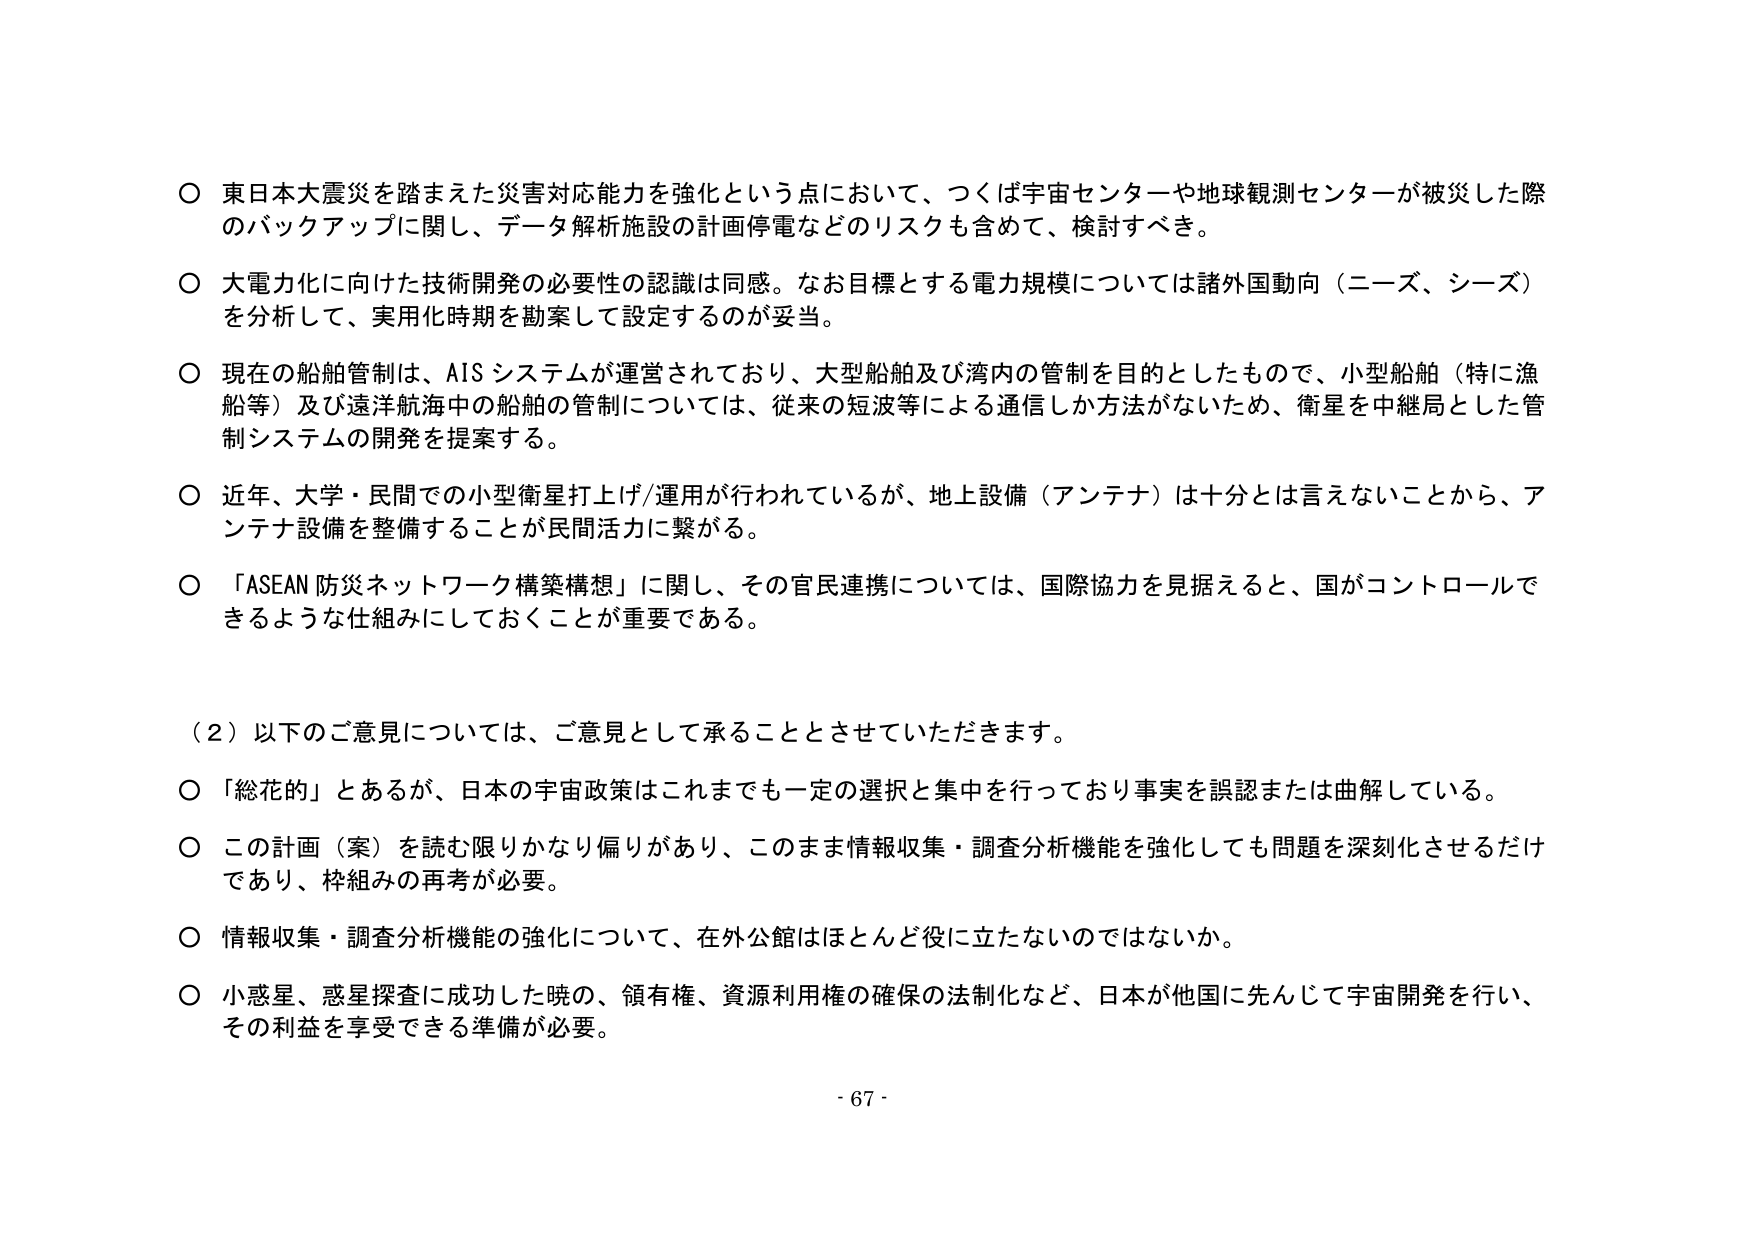
○ 東日本大震災を踏まえた災害対応能力を強化という点において、つくば宇宙センターや地球観測センターが被災した際のバックアップに関して、データ解析施設の計画停電などのリスクも含めて、検討すべき。

○ 大電力化に向けた技術開発の必要性の認識は同感。なお目標とする電力規模については諸外国動向（ニーズ、シーズ）を分析して、実用化時期を勘案して設定するのが妥当。

○ 現在の船舶管制は、AIS システムが運営されており、大型船舶及び湾内の管制を目的としたもので、小型船舶（特に漁船等）及び遠洋航海中の船舶の管制については、従来の短波等による通信しか方法がないため、衛星を中継局とした管制システムの開発を提案する。

○ 近年、大学・民間での小型衛星打上げ/運用が行われているが、地上設備（アンテナ）は十分とは言えないことから、アンテナ設備を整備することが民間活力に繋がる。

○ 「ASEAN 防災ネットワーク構築構想」に関し、その官民連携については、国際協力を見据えると、国がコントロールできるような仕組みにしておくことが重要である。

（２）以下のご意見については、ご意見として承ることとさせていただきます。

○ 「総花的」とあるが、日本の宇宙政策はこれまでも一定の選択と集中を行っており事実を誤認または曲解している。

○ この計画（案）を読む限りかなり偏りがあり、このまま情報収集・調査分析機能を強化しても問題を深刻化させるだけであり、枠組みの再考が必要。

○ 情報収集・調査分析機能の強化について、在外公館はほとんど役に立たないのではないか。

○ 小惑星、惑星探査に成功した暁の、領有権、資源利用権の確保の法制化など、日本が他国に先んじて宇宙開発を行い、その利益を享受できる準備が必要。

- 67 -